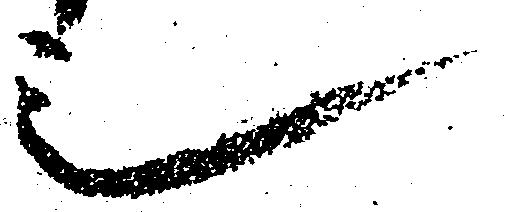
也